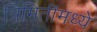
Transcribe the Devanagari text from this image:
त्रिमितींमध्ये